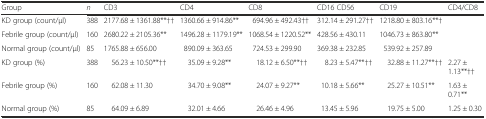
<table><thead><tr><td><b>Group</b></td><td><b><i>n</i></b></td><td><b>CD3</b></td><td><b>CD4</b></td><td><b>CD8</b></td><td><b>CD16 CD56</b></td><td><b>CD19</b></td><td><b>CD4/CD8</b></td></tr></thead><tbody><tr><td>KD group (count/μl)</td><td>388</td><td>2177.68 ± 1361.88**††</td><td>1360.66 ± 914.86**</td><td>694.96 ± 492.43††</td><td>312.14 ± 291.27††</td><td>1218.80 ± 803.16**†</td><td></td></tr><tr><td>Febrile group (count/μl)</td><td>160</td><td>2680.22 ± 2105.36**</td><td>1496.28 ± 1179.19**</td><td>1068.54 ± 1220.52**</td><td>428.56 ± 430.11</td><td>1046.73 ± 863.80**</td><td></td></tr><tr><td>Normal group (count/μl)</td><td>85</td><td>1765.88 ± 656.00</td><td>890.09 ± 363.65</td><td>724.53 ± 299.90</td><td>369.38 ± 232.85</td><td>539.92 ± 257.89</td><td></td></tr><tr><td>KD group (%)</td><td>388</td><td>56.23 ± 10.50**††</td><td>35.09 ± 9.28**</td><td>18.12 ± 6.50**††</td><td>8.23 ± 5.47**††</td><td>32.88 ± 11.27**††</td><td>2.27 ± 1.13**††</td></tr><tr><td>Febrile group (%)</td><td>160</td><td>62.08 ± 11.30</td><td>34.70 ± 9.08**</td><td>24.07 ± 9.27**</td><td>10.18 ± 5.66**</td><td>25.27 ± 10.51**</td><td>1.63 ± 0.71**</td></tr><tr><td>Normal group (%)</td><td>85</td><td>64.09 ± 6.89</td><td>32.01 ± 4.66</td><td>26.46 ± 4.96</td><td>13.45 ± 5.96</td><td>19.75 ± 5.00</td><td>1.25 ± 0.30</td></tr></tbody></table>